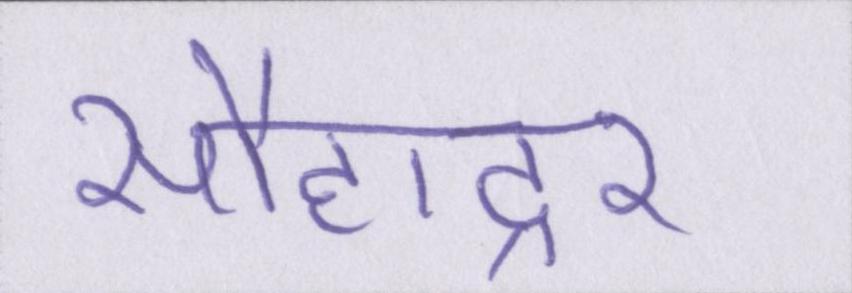
सौहाद्र्र